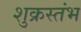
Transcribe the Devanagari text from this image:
शुक्रस्तंभ